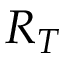
R _ { T }